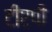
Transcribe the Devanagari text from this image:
टीएपी